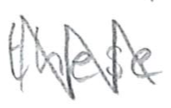
Text: these
Cross-out: zig-zag
Writing tool: pencil